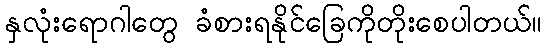
နှလုံးရောဂါတွေ ခံစားရနိုင်ခြေကိုတိုးစေပါတယ်။